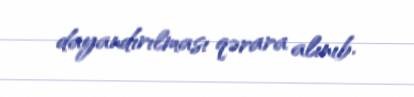
dayandırılması qərara alınıb.